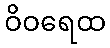
ဝိဝရေထ